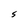
Character: S